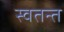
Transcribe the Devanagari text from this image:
स्वतन्त